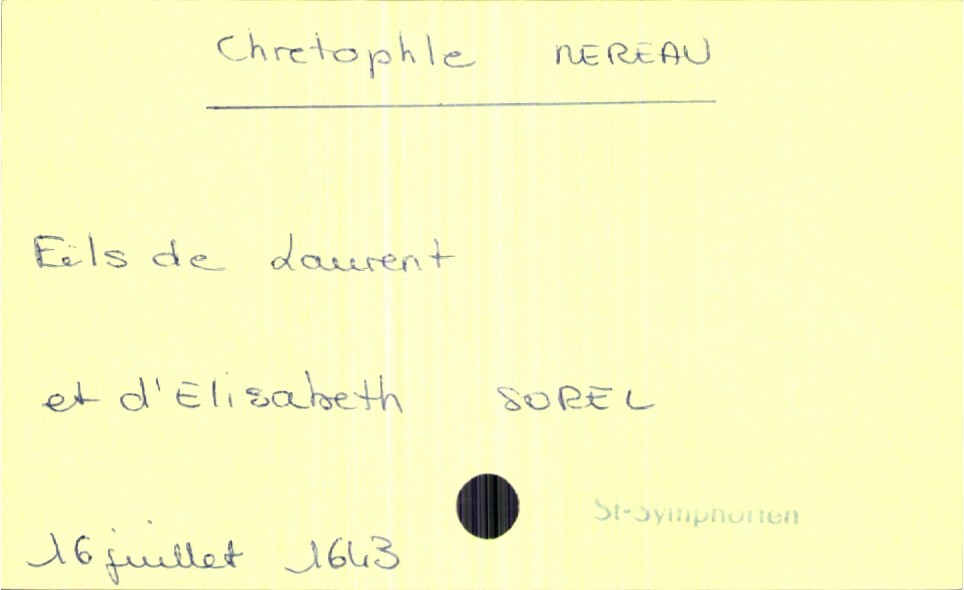
type_acte: Baptême
enfant_prénom: Chrestophe
enfant_date_de_naissance: 16 juillet 1643
enfant_lieu_de_naissance: Saint-Symphorien
père_enfant_nom: Mereau
père_enfant_prénom: Laurent
mère_enfant_nom: Sorel
mère_enfant_prénom: Elisabeth